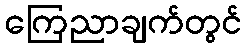
ကြေညာချက်တွင်